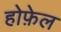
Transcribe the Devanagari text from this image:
होफ़ेल